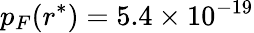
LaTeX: p_{F}(r^{*})=5.4\times 10^{-19}